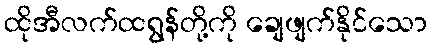
ထိုအီလက်ထရွန်တို့ကို ချေဖျက်နိုင်သော